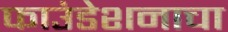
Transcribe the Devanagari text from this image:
फाउंडेशनाचा